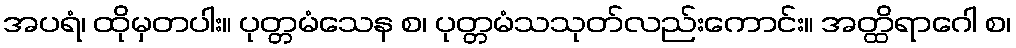
အပရံ၊ ထိုမှတပါး။ ပုတ္တမံသေန စ၊ ပုတ္တမံသသုတ်လည်းကောင်း။ အတ္ထိရာဂေါ စ၊